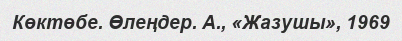
Көктөбе. Өлеңдер. А., «Жазушы», 1969